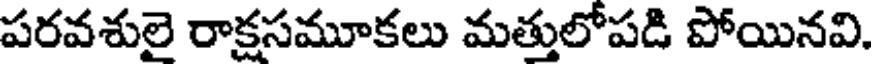
పరవశులై రాక్షసమూకలు మత్తులోపడి పోయినవి.